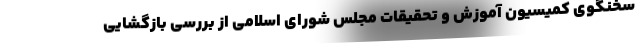
سخنگوی کمیسیون آموزش و تحقیقات مجلس شورای اسلامی از بررسی بازگشایی